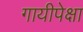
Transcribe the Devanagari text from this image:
गायीपेक्षा